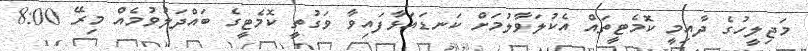
މަޖިލީހުގެ ދާއިމީ ކޮމެޓީތައް އެކުލަވާލުމަށް ކަނޑައަޅާފައިވާ ވަގުތީ ކޮމެޓީގެ ބައްދަލުވުމެއް މިރޭ 8:00